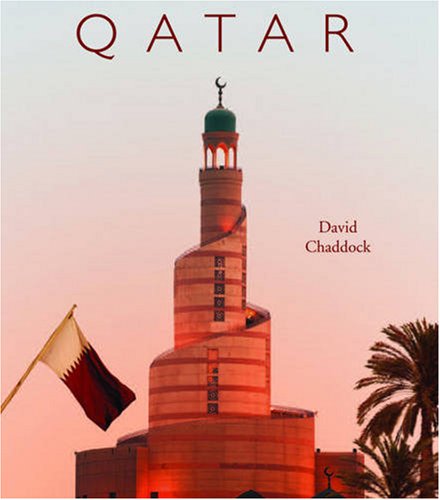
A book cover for Qatar; David CHADDOCK; History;